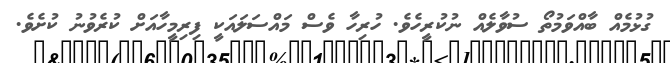
ގުޅުމެއް ބާއްވަމުތޯ ސުވާލެއް ނުކުރީހެވެ. ހުރިހާ ވެސް މައްސަލައަކީ ފިރިމީހާއަށް ކުރެވުނު ކުށެވެ.